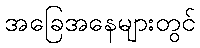
အခြေအနေများတွင်